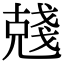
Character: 𠒲